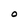
Character: O